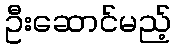
ဦးဆောင်မည့်